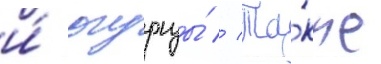
и́ огурцы́ // Та́кже